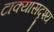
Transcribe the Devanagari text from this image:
टाक्यासदृश्य